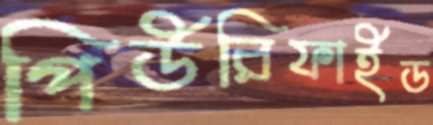
পিউরিফাইড